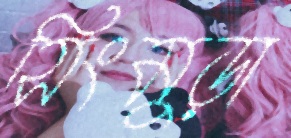
সিংমুড়া